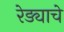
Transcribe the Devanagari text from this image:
रेड्याचे